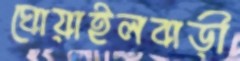
ঘোয়াইলবাড়ী